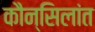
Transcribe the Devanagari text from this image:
कौन्सिलांत